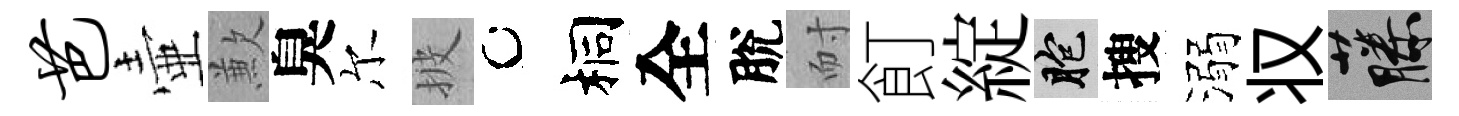
芭壷歉臭尔披桐全脫耐飣綻胞搜溺𠬧藤